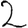
Digit: 2